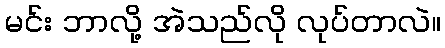
မင်း ဘာလို့ အဲသည်လို လုပ်တာလဲ။